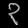
Digit: ၃